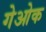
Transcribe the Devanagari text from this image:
गेओक